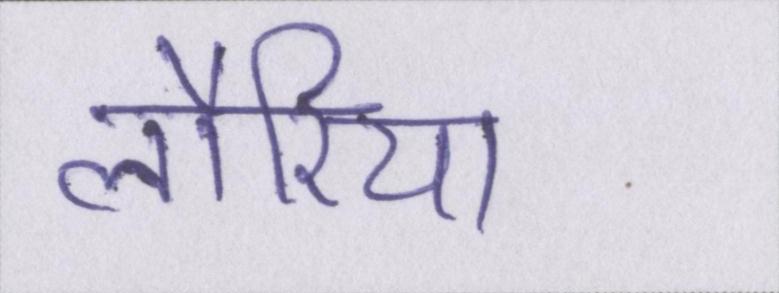
लौरिया